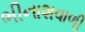
ભીનાશવાળી